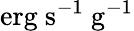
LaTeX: \mathrm{erg~s^{-1}~g^{-1}}